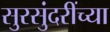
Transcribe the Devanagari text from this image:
सुरसुंदरींच्या